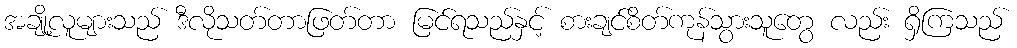
အချို့လူများသည် ဒီလိုသတ်တာဖြတ်တာ မြင်ရသည်နှင့် စားချင်စိတ်ကုန်သွားသူတွေ လည်း ရှိကြသည်